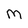
Character: M